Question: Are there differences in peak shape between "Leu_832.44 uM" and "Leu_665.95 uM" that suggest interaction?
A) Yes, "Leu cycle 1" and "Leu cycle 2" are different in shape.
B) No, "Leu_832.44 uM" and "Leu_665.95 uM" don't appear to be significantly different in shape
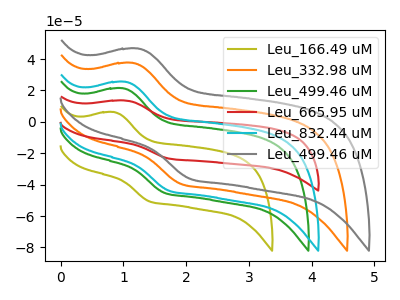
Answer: <think>The olive curve "Leu_166.49 uM" has an anodic peak at (0.85V, 6.20uA) and a cathodic peak at (1.40V, -50.70uA). The orange curve "Leu_332.98 uM" has an anodic peak at (1.15V, 37.50uA) and a cathodic peak at (1.90V, -39.55uA). The green curve "Leu_499.46 uM" has an anodic peak at (1.00V, 21.35uA) and a cathodic peak at (1.65V, -45.30uA). The red curve "Leu_665.95 uM" has an anodic peak at (1.05V, 13.60uA) and a cathodic peak at (1.75V, -23.40uA). The cyan curve "Leu_832.44 uM" has an anodic peak at (1.05V, 25.45uA) and a cathodic peak at (1.75V, -43.85uA). The gray curve "Leu_499.46 uM" has an anodic peak at (1.25V, 46.65uA) and a cathodic peak at (2.05V, -36.35uA).
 All the peaks in "Leu_832.44 uM" have a peak in "Leu_665.95 uM" at the same potential. Every peak in "Leu_832.44 uM" is higher than every peak in "Leu_665.95 uM".</think>
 <answer>B) No, "Leu_832.44 uM" and "Leu_665.95 uM" don't appear to be significantly different in shape</answer>
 <eval>B</eval>